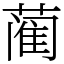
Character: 蔺